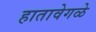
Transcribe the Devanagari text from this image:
हातावेगळे